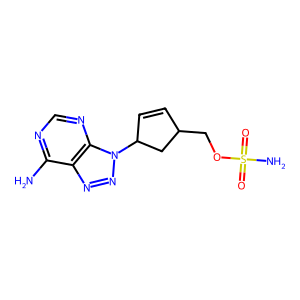
SMILES: Nc1ncnc2c1nnn2C1C=CC(COS(N)(=O)=O)C1
Inhibits HIV replication: No